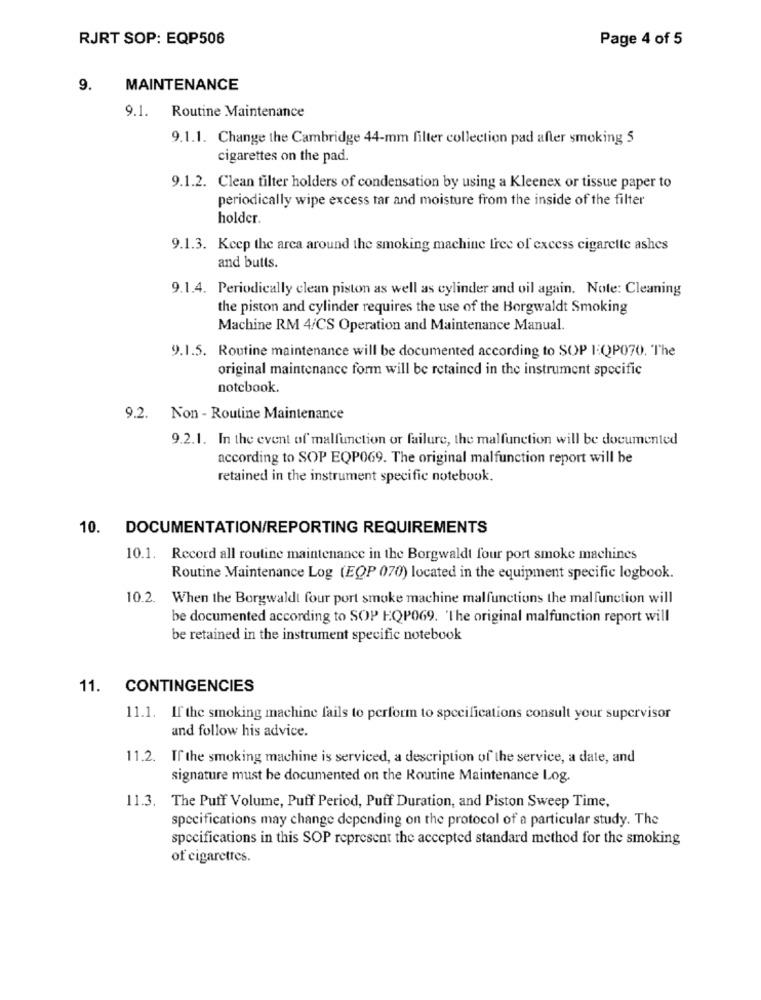
RJRT SOP: EQP506
Page 4 of 5
9.
MAINTENANCE
Routine Maintenance
9.1.
9.1.1. Change the Cambridge 44-mm filter collection pad after smoking 5
cigarettes on the pad.
9.1.2. Clean filter holders of condensation by using a Kleenex or tissue paper to
periodically wipe excess tar and moisture from the inside of the filter
holder.
9.1.3. Keep the area around the smoking machine tree of excess cigarette ashes
and butts.
9.1.4. Periodically clean piston as well as cylinder and oil again. Note: Cleaning
the piston and cylinder requires the use of the Borgwaldt Smoking
Machine RM 4/CS Operation and Maintenance Manual.
9.1.5. Routine maintenance will be documented according to SOP I:QP070. The
original maintenance form will be retained in the instrument specific
notebook.
9.2. Non - Routine Maintenance
9.2.1. In the event of malfunction or failure, the malfunction will be documented
according to SOP EQP069. The original malfunction report will be
retained in the instrument specific notebook.
10. DOCUMENTATION/REPORTING REQUIREMENTS
10.1. Record all routine maintenance in the Borgwaldt four port smoke machines
Routine Maintenance Log (EQP 070) located in the equipment specific logbook.
10.2. When the Borgwaldt four port smoke machine malfunctions the malfunction will
be documented according to SOP EQP069. 'The original malfunction report will
be retained in the instrument specific notebook
11. CONTINGENCIES
11.1. If the smoking machine fails to perform to specifications consult your supervisor
and follow his advice.
11.2. If the smoking machine is serviced, a description of the service, a date, and
signature must be documented on the Routine Maintenance Log.
11.3. The Puff Volume, Puff Period, Puff Duration, and Piston Sweep Time,
specifications may change depending on the protocol of a particular study. The
specifications in this SOP represent the accepted standard method for the smoking
of cigarettes.